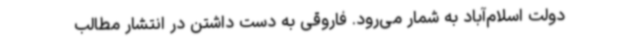
دولت اسلام‌آباد به شمار می‌رود. فاروقی به دست داشتن در انتشار مطالب